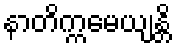
နာတိက္ကမေယျန္တိ